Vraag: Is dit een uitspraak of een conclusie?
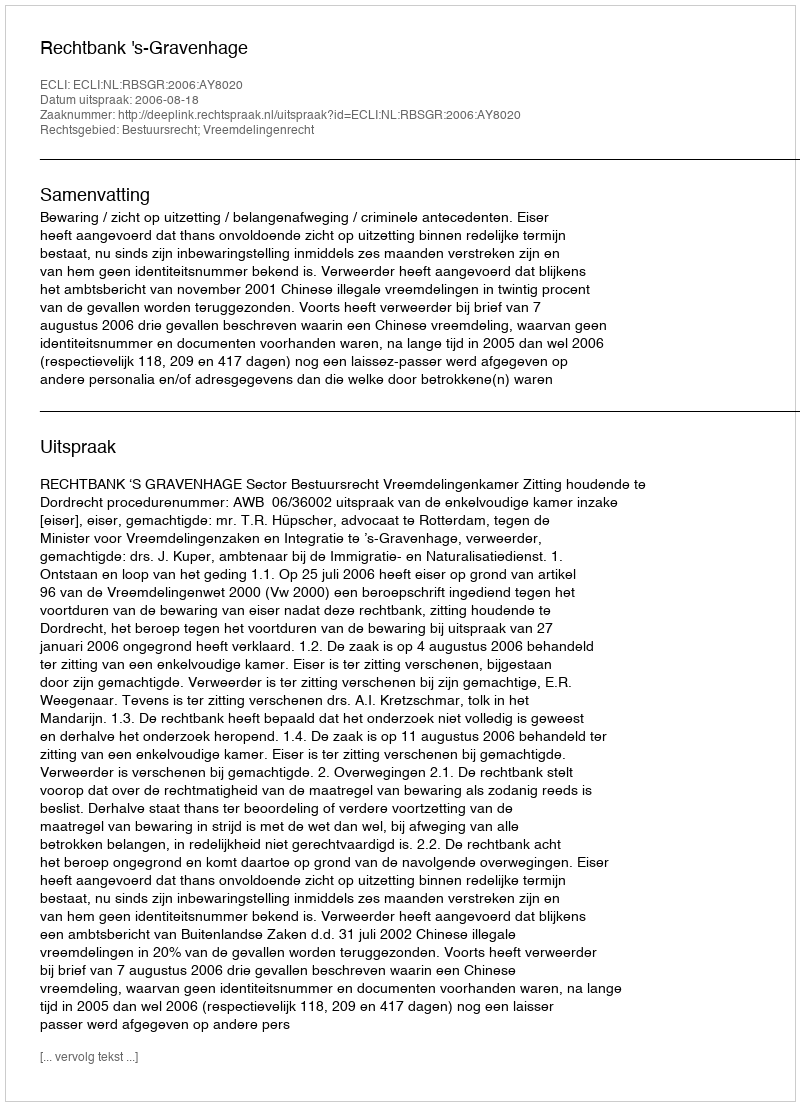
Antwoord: Uitspraak